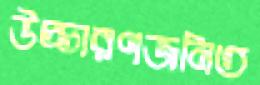
উচ্চারণজনিত